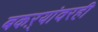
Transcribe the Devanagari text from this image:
बकऱ्यांवरही